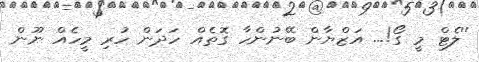
''ލެޓް މީ ގޯ!... އަޒްޔާން ބޭނުންހާ ގޮތެއް ހަދަން ހުރި މީހެއް ނޫން